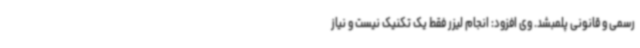
رسمی و قانونی پلمبشد. وی افزود: انجام لیزر فقط یک تکنیک نیست و نیاز